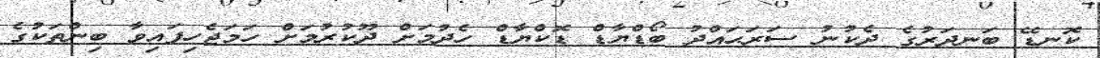
ކޮނޑޭ ބަނދަރުގެ ދެކުނު ސަރަޙައްދު ބޯޑްޔާޑް ޑޮކްޔާޑް ހެދުމަށް ދޫކުރުމަށް ހަމަޖެހިފައިވާ ބިންތަކުގެ